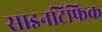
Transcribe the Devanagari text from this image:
साइनटिफिक